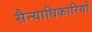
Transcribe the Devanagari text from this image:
सैन्याधिकारियों